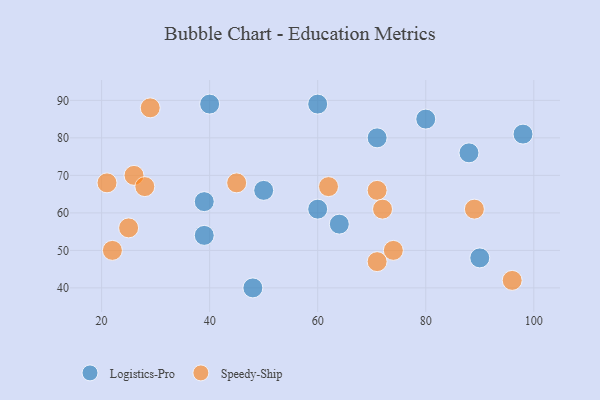
{"axis": {"x": "GDP", "y": "Life Expectancy"}, "legend": ["Logistics-Pro", "Speedy-Ship"], "data": [{"x": "40", "y": 89, "type": "Logistics-Pro"}, {"x": "60", "y": 61, "type": "Logistics-Pro"}, {"x": "50", "y": 66, "type": "Logistics-Pro"}, {"x": "39", "y": 54, "type": "Logistics-Pro"}, {"x": "71", "y": 80, "type": "Logistics-Pro"}, {"x": "64", "y": 57, "type": "Logistics-Pro"}, {"x": "39", "y": 63, "type": "Logistics-Pro"}, {"x": "80", "y": 85, "type": "Logistics-Pro"}, {"x": "60", "y": 89, "type": "Logistics-Pro"}, {"x": "90", "y": 48, "type": "Logistics-Pro"}, {"x": "88", "y": 76, "type": "Logistics-Pro"}, {"x": "48", "y": 40, "type": "Logistics-Pro"}, {"x": "98", "y": 81, "type": "Logistics-Pro"}, {"x": "74", "y": 50, "type": "Speedy-Ship"}, {"x": "26", "y": 70, "type": "Speedy-Ship"}, {"x": "25", "y": 56, "type": "Speedy-Ship"}, {"x": "71", "y": 66, "type": "Speedy-Ship"}, {"x": "22", "y": 50, "type": "Speedy-Ship"}, {"x": "45", "y": 68, "type": "Speedy-Ship"}, {"x": "96", "y": 42, "type": "Speedy-Ship"}, {"x": "29", "y": 88, "type": "Speedy-Ship"}, {"x": "72", "y": 61, "type": "Speedy-Ship"}, {"x": "62", "y": 67, "type": "Speedy-Ship"}, {"x": "28", "y": 67, "type": "Speedy-Ship"}, {"x": "89", "y": 61, "type": "Speedy-Ship"}, {"x": "71", "y": 47, "type": "Speedy-Ship"}, {"x": "21", "y": 68, "type": "Speedy-Ship"}]}